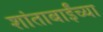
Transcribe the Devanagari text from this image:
शांताबाईंच्या